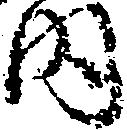
内